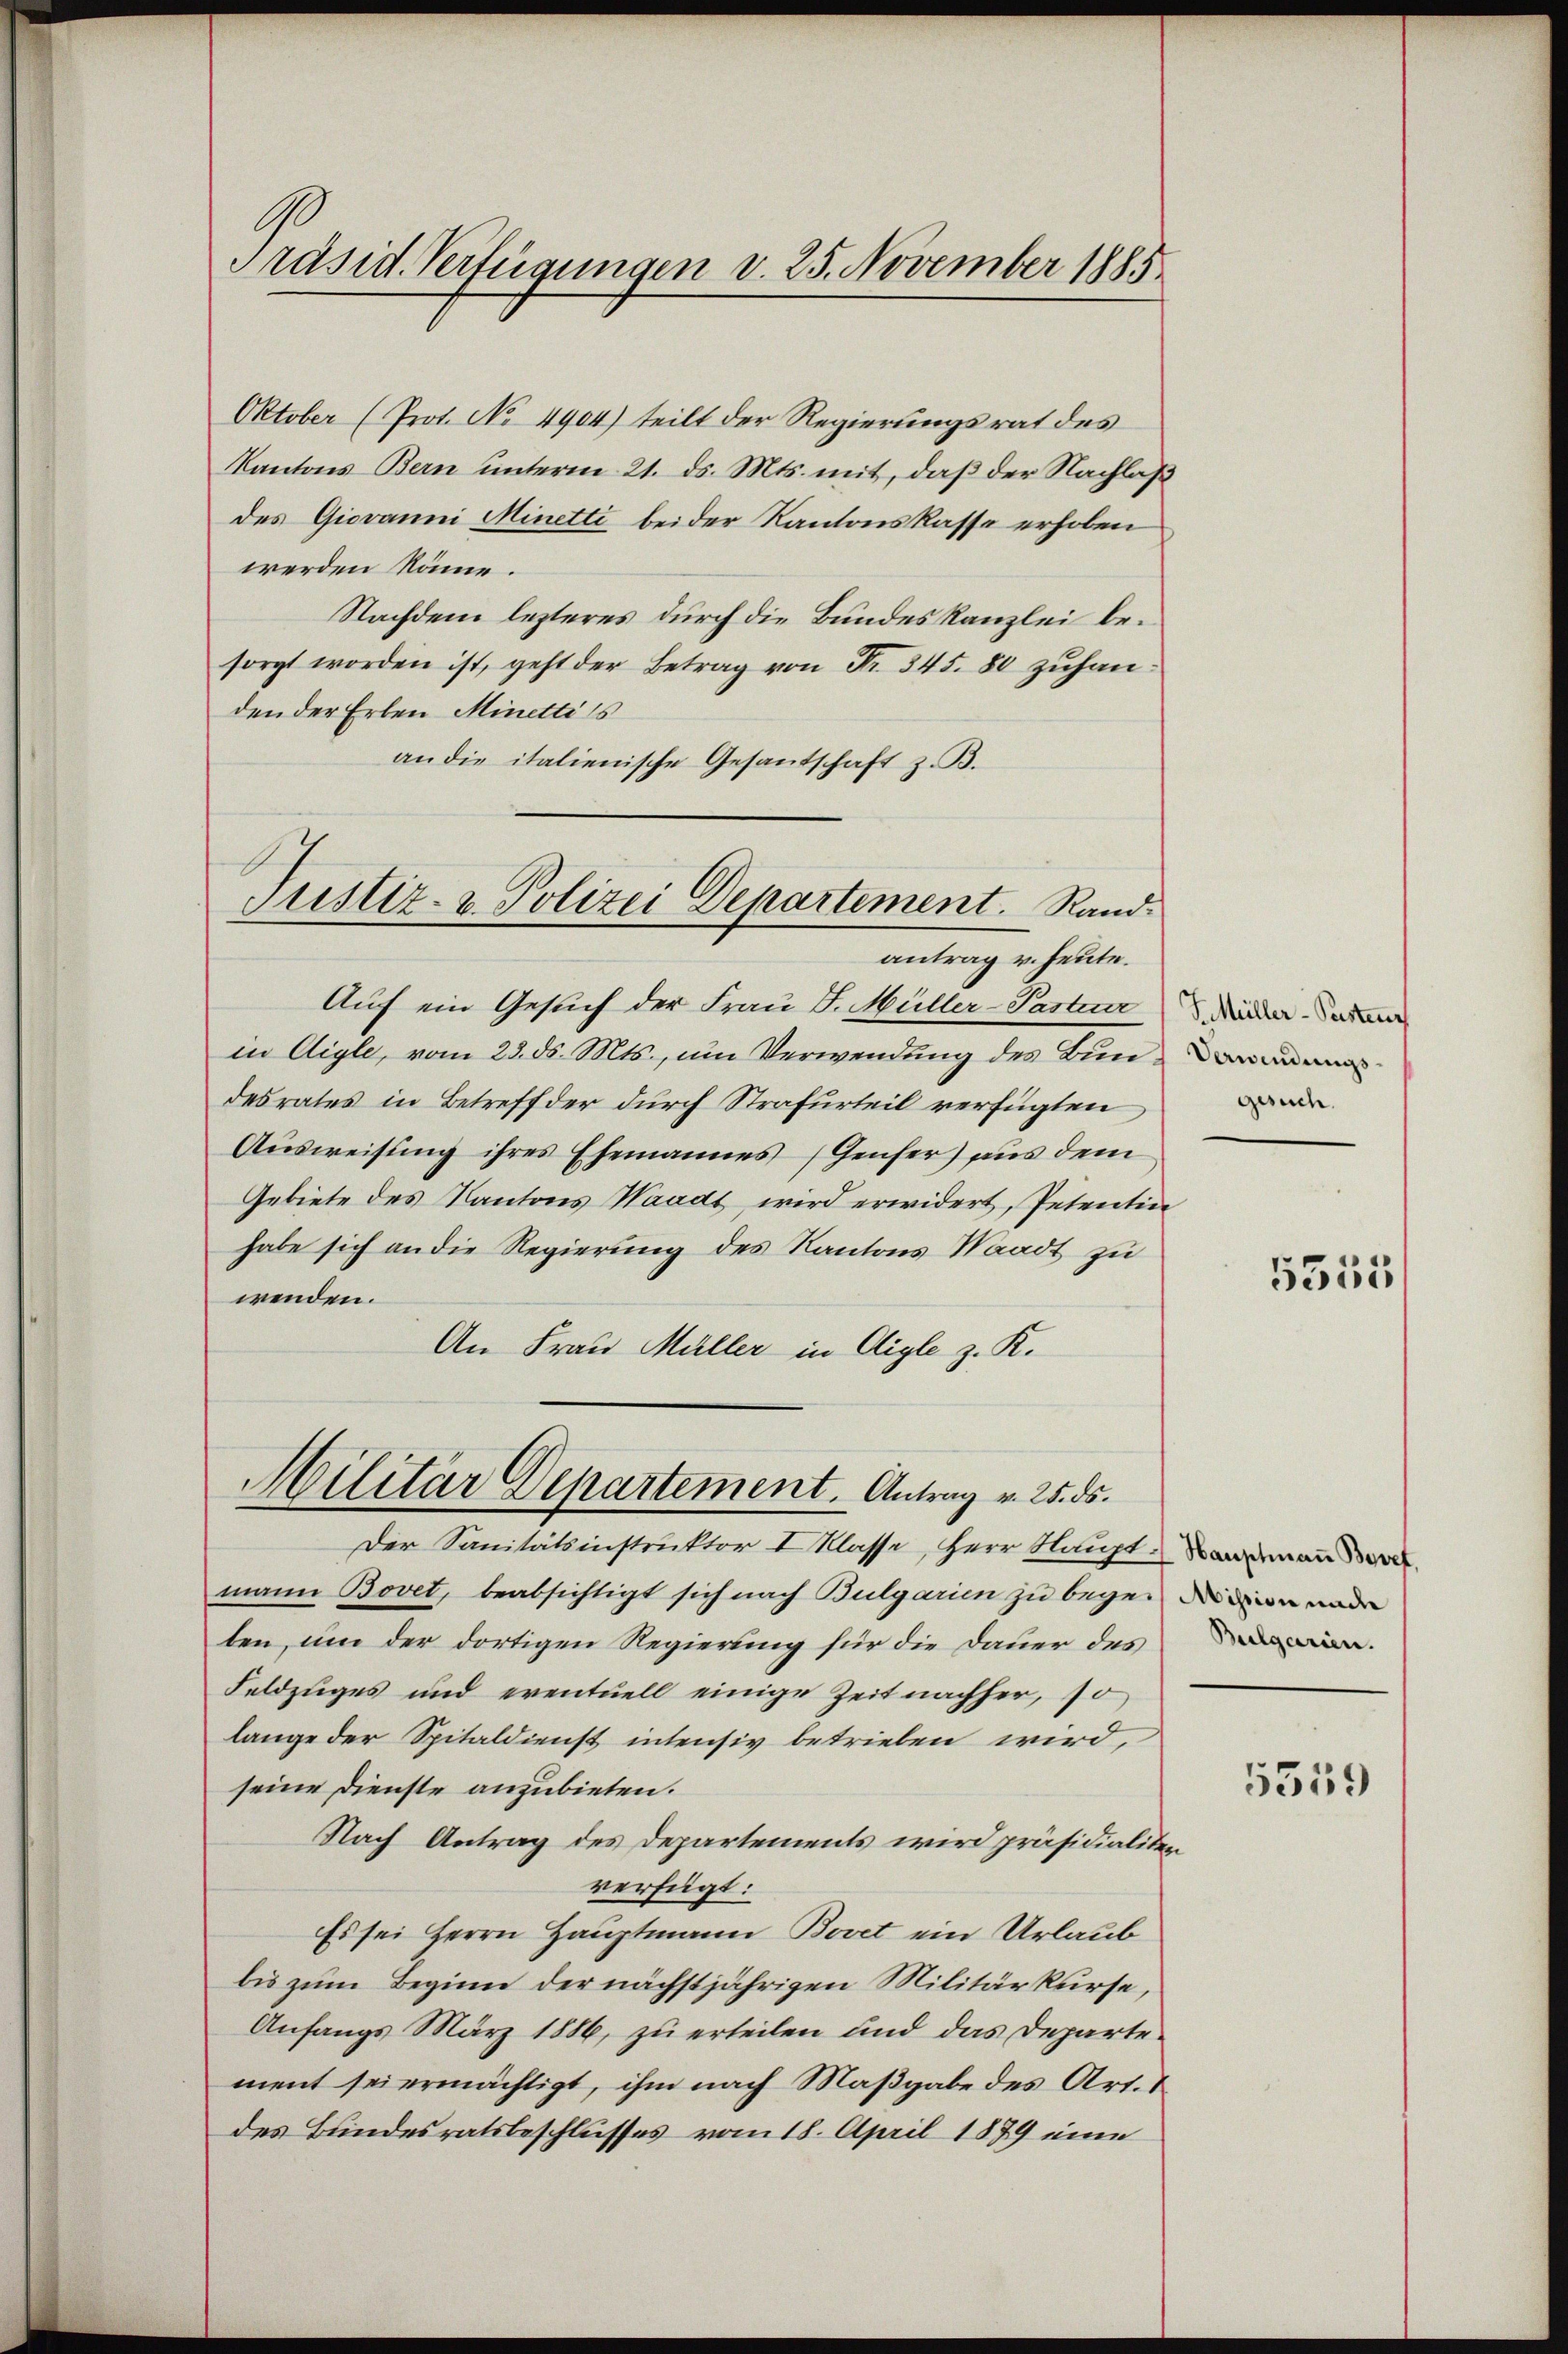
Oktober (Prot. No 4904) teilt der Regierungsrat des
Kantons Bern unterm 21. ds. Mts. mit, daß der Nachlaß
des Giovanni Minetti beider Kantonskasse erhoben
werden könne.
Nachdem lezteres durch die Bundeskanzlei besorgt worden ist, geht der Betrag von Fr. 345. 80 zŭhanden der Erben Minettis
an die italienische Gesandtschaft z. B.

Präsid. Verfügungen v. 25. November 1885

Justiz- & Polizei Departement. Randantrag v. heute.

Auf ein Gesuch der Frau J. Müller-Paster Wieder. Das
in Aigle, vom 23. ds. Mts., um Verwendung des Bundesrates in Betreff der durch Strafurteil verfügten
Ausweisung ihres Ehemannes (Genfer) aus dem
Gebiete des Kantons Waadt, wird erwidert, Petentin
habe sich an die Regierung des Kantons Waadt zu
wenden.
An Frau Müller in Aigle z. K.

Militär Departement. Antrag v. 25. ds.

Der Sanitätsinstruktor 2 Klasse, Herr Raigt. Baumann de
mann Bovet, beabsichtigt sich nach Bulgarien zu begei die ander
ben, um der dortigen Regierung für die Dauer des
Feldzuges und eventuell einige Zeit nachher, so
lange der Spitaldienst intensiv betrieben wird,
seine Dienste anzubieten.
Nach Antrag des Departements wird präsidialiten
verfügt:
Es sei Herrn Hauptmann Bovet ein Urlaub
bis zum Beginn der nächstjährigen Militärkurse,
Anfangs März 1886, zu erteilen und das Departement sei ermächtigt, ihm nach Maßgabe des Art. 1
des Bundesratsbeschlusses vom 18. April 1879 eine

Verwendungsgesuch.

5553

5559